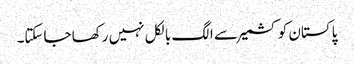
پاکستان کو کشمیر سے الگ بالکل نہیں رکھا جاسکتا۔